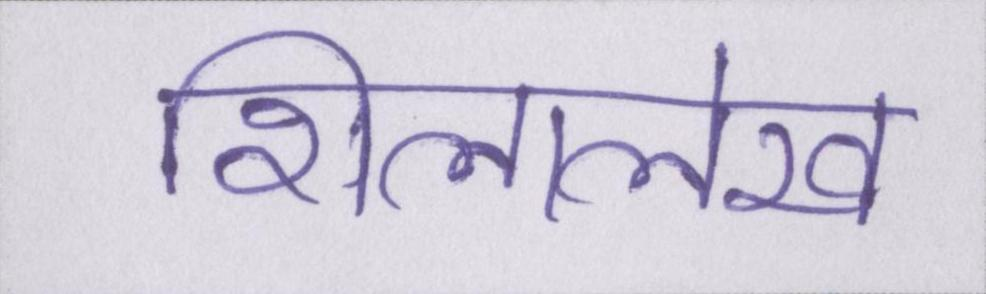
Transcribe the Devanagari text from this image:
शिलालेख